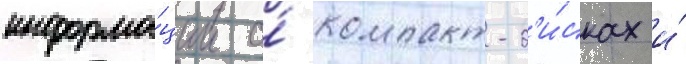
информа́ции о́ компакт-д'и́сках и́